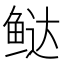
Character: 𬶑